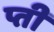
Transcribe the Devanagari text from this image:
प्ती